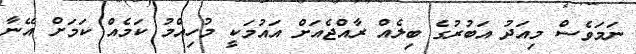
ނަމަވެސް މިއަދު އަބުރުގެ ބިލެއް ރާއްޖެއަށް އައުމަކީ މުހިއްމު ކަމެއް ކަމަށް އޭނާ